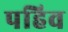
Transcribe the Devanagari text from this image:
पहिव